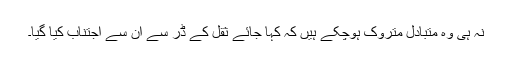
نہ ہی وہ متبادل متروک ہوچکے ہیں کہ کہا جائے ثقل کے ڈر سے ان سے اجتناب کیا گیا۔